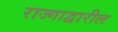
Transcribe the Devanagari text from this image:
राज्गाद्वारील